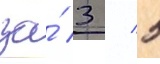
за́ 3 / 5